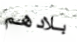
بلادهم